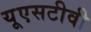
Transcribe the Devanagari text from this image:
यूएसटीवी